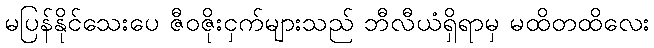
မပြန်နိုင်သေးပေ ဇီဝဇိုးငှက်များသည် ဘီလီယံရှိရာမှ မထိတထိလေး